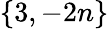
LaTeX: \left\{ 3,-2n\right\}